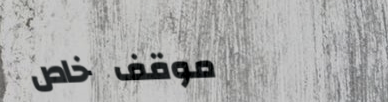
موقف خاص